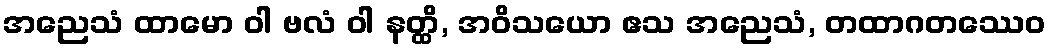
အညေသံ ထာမော ဝါ ဗလံ ဝါ နတ္ထိ, အဝိသယော ဧသ အညေသံ, တထာဂတဿေဝ